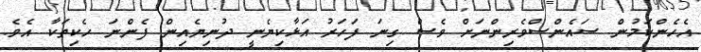
އެހެންކަމުން ސައެންސްވެރިންނަށް ވެސް ގިނަ ފަހަރު އަޅާކިޔެނީ ދުނިޔެއިން ފެންނަ ހެކިތަކާ އެވެ.